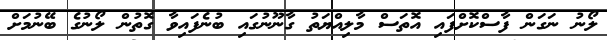
ލޯނު ނަގަން ފާސްކޮށްފައި އޮތަސް މާލިއްޔަތު ގާނޫނުގައި ބުނެފައިވާ ގޮތުން ލޯނުގެ ބޭނުމަށް